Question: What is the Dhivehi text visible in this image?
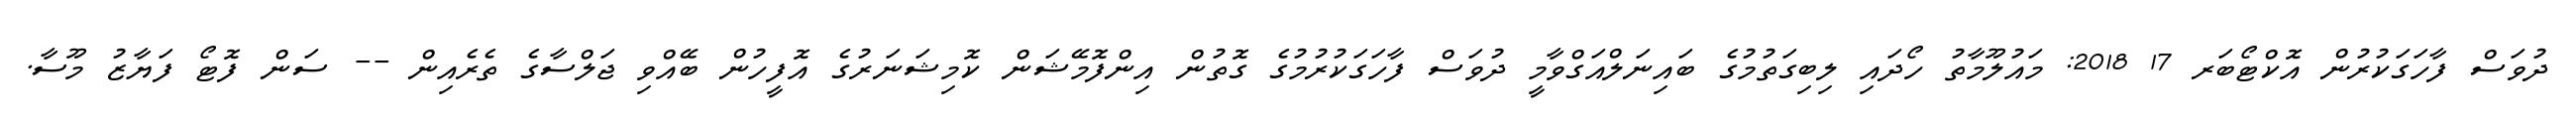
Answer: ދުވަސް ފާހަގަކުރުން އޮކްޓޯބަރ 17 2018: މައުލޫމާތު ހޯދައި ލިބިގަތުމުގެ ބައިނަލްއަގްވާމީ ދުވަސް ފާހަގަކުރުމުގެ ގޮތުން އިންފޮމޭޝަން ކޮމިޝަނަރުގެ އޮފީހުން ބޭއްވި ޖަލްސާގެ ތެރެއިން -- ސަން ފޮޓޯ ފަޔާޒު މޫސާ.